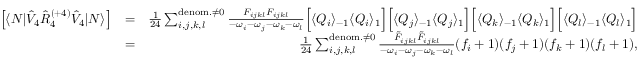
\begin{array} { r l r } { \left[ \langle N | \hat { V } _ { 4 } \hat { R } _ { 4 } ^ { ( + 4 ) } \hat { V } _ { 4 } | N \rangle \right] } & { = } & { \frac { 1 } { 2 4 } \sum _ { i , j , k , l } ^ { { \mathrm { d e n o m . } \neq 0 } } \frac { F _ { i j k l } F _ { i j k l } } { - \omega _ { i } - \omega _ { j } - \omega _ { k } - \omega _ { l } } \Big [ \langle Q _ { i } \rangle _ { - 1 } \langle Q _ { i } \rangle _ { 1 } \Big ] \Big [ \langle Q _ { j } \rangle _ { - 1 } \langle Q _ { j } \rangle _ { 1 } \Big ] \Big [ \langle Q _ { k } \rangle _ { - 1 } \langle Q _ { k } \rangle _ { 1 } \Big ] \Big [ \langle Q _ { l } \rangle _ { - 1 } \langle Q _ { l } \rangle _ { 1 } \Big ] } \\ & { = } & { \frac { 1 } { 2 4 } \sum _ { i , j , k , l } ^ { { \mathrm { d e n o m . } \neq 0 } } \frac { \tilde { F } _ { i j k l } \tilde { F } _ { i j k l } } { - \omega _ { i } - \omega _ { j } - \omega _ { k } - \omega _ { l } } ( f _ { i } + 1 ) ( f _ { j } + 1 ) ( f _ { k } + 1 ) ( f _ { l } + 1 ) , } \end{array}